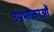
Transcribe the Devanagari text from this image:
उपभाक्ताओं